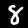
Digit: 8